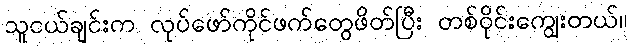
သူငယ်ချင်းက လုပ်ဖော်ကိုင်ဖက်တွေဖိတ်ပြီး တစ်ဝိုင်းကျွေးတယ်။